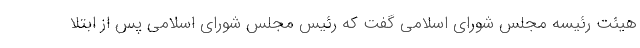
هیئت رئیسه مجلس شورای اسلامی گفت که رئیس مجلس شورای اسلامی پس از ابتلا